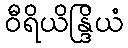
ဝီရိယိန္ဒြိယံ